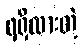
ရရှိထားတဲ့